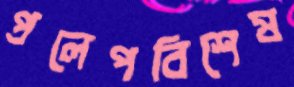
প্রলেপবিশেষ